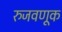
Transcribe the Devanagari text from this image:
रुजवणूक